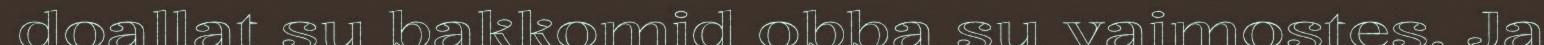
doallat su bakkomid obba su vaimostes. Ja